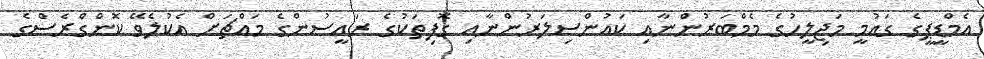
އެމްޑީޕީގެ ގައުމީ މަޖިލީހުގެ މެމްބަރުންނާއި ކައުންސިލަރުންނާއި ގޮފިތަކުގެ ރައީސުންގެ މައްޗަށް އެކުލެވޭ ކޮންގްރެސްގެ